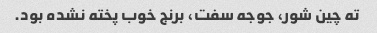
ته چین شور، جوجه سفت، برنج خوب پخته نشده بود.